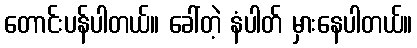
တောင်းပန်ပါတယ်။ ခေါ်တဲ့ နံပါတ် မှားနေပါတယ်။